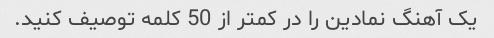
یک آهنگ نمادین را در کمتر از 50 کلمه توصیف کنید.